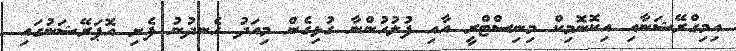
އިމިގްރޭޝަނާއި އިކޮނޮމިކް މިނިސްޓްރީ އާއި ފުލުހުންނާ ގުޅިގެން މިއަދު ހެނދުނު ފެށި އޮޕަރޭޝަނުގައި